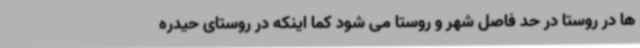
ها در روستا در حد فاصل شهر و روستا می شود کما اینکه در روستای حیدره